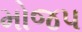
મોજપ